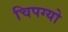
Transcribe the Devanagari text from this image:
चिपग्यो